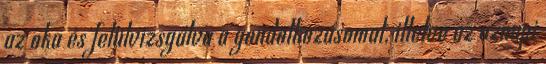
az oka és felülvizsgálva a gondolkozásomat, illetve az aznapi